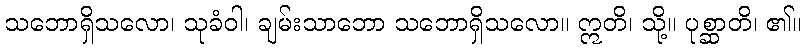
သဘောရှိသလော၊ သုခံဝါ၊ ချမ်းသာဘော သဘောရှိသလော။ ဣတိ၊ သို့။ ပုစ္ဆာတိ၊ ၏။